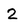
Character: 2